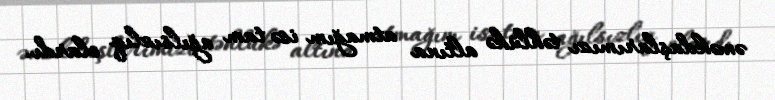
əməkdaşlarımızı təhlükə altına atmağım isə tam ağılsızlıq olardı.